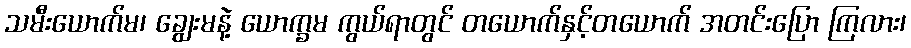
သမီးယောက်မ၊ ချွေးမနဲ့ ယောက္ခမ ကွယ်ရာတွင် တယောက်နှင့်တယောက် အတင်းပြော ကြလား၊